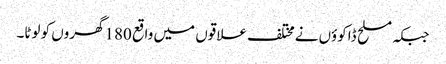
جبکہ مسلح ڈاکوؤں نےمختلف علاقوں میں واقع 180گھروں کو لوٹا۔